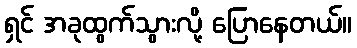
ရှင် အခုထွက်သွားလို့ ပြောနေတယ်။